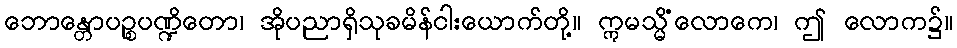
ဘောန္တောပဉ္စပဏ္ဍိတော၊ အိုပညာရှိသုခမိန်ငါးယောက်တို့။ ဣမသ္မိံလောကေ၊ ဤ လောက၌။